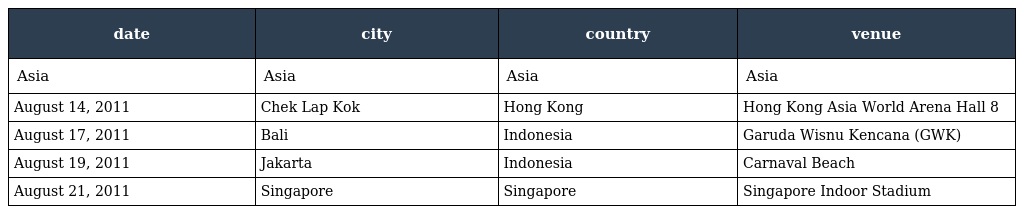
| date | city | country | venue |
 | --- | --- | --- | --- |
 | Asia | Asia | Asia | Asia |
 | August 14, 2011 | Chek Lap Kok | Hong Kong | Hong Kong Asia World Arena Hall 8 |
 | August 17, 2011 | Bali | Indonesia | Garuda Wisnu Kencana (GWK) |
 | August 19, 2011 | Jakarta | Indonesia | Carnaval Beach |
 | August 21, 2011 | Singapore | Singapore | Singapore Indoor Stadium |